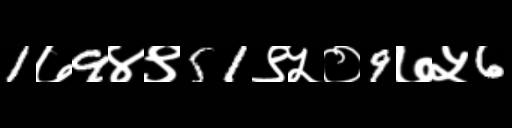
Text: 1७9४९51९५०9७५6